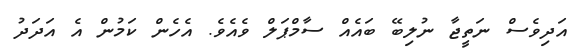
އަދިވެސް ނަތީޖާ ނުލިބޭ ބައެއް ސާމްޕަލް ވެއެވެ. އެހެން ކަމުން އެ އަދަދު